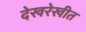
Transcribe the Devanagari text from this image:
देखरेखीत